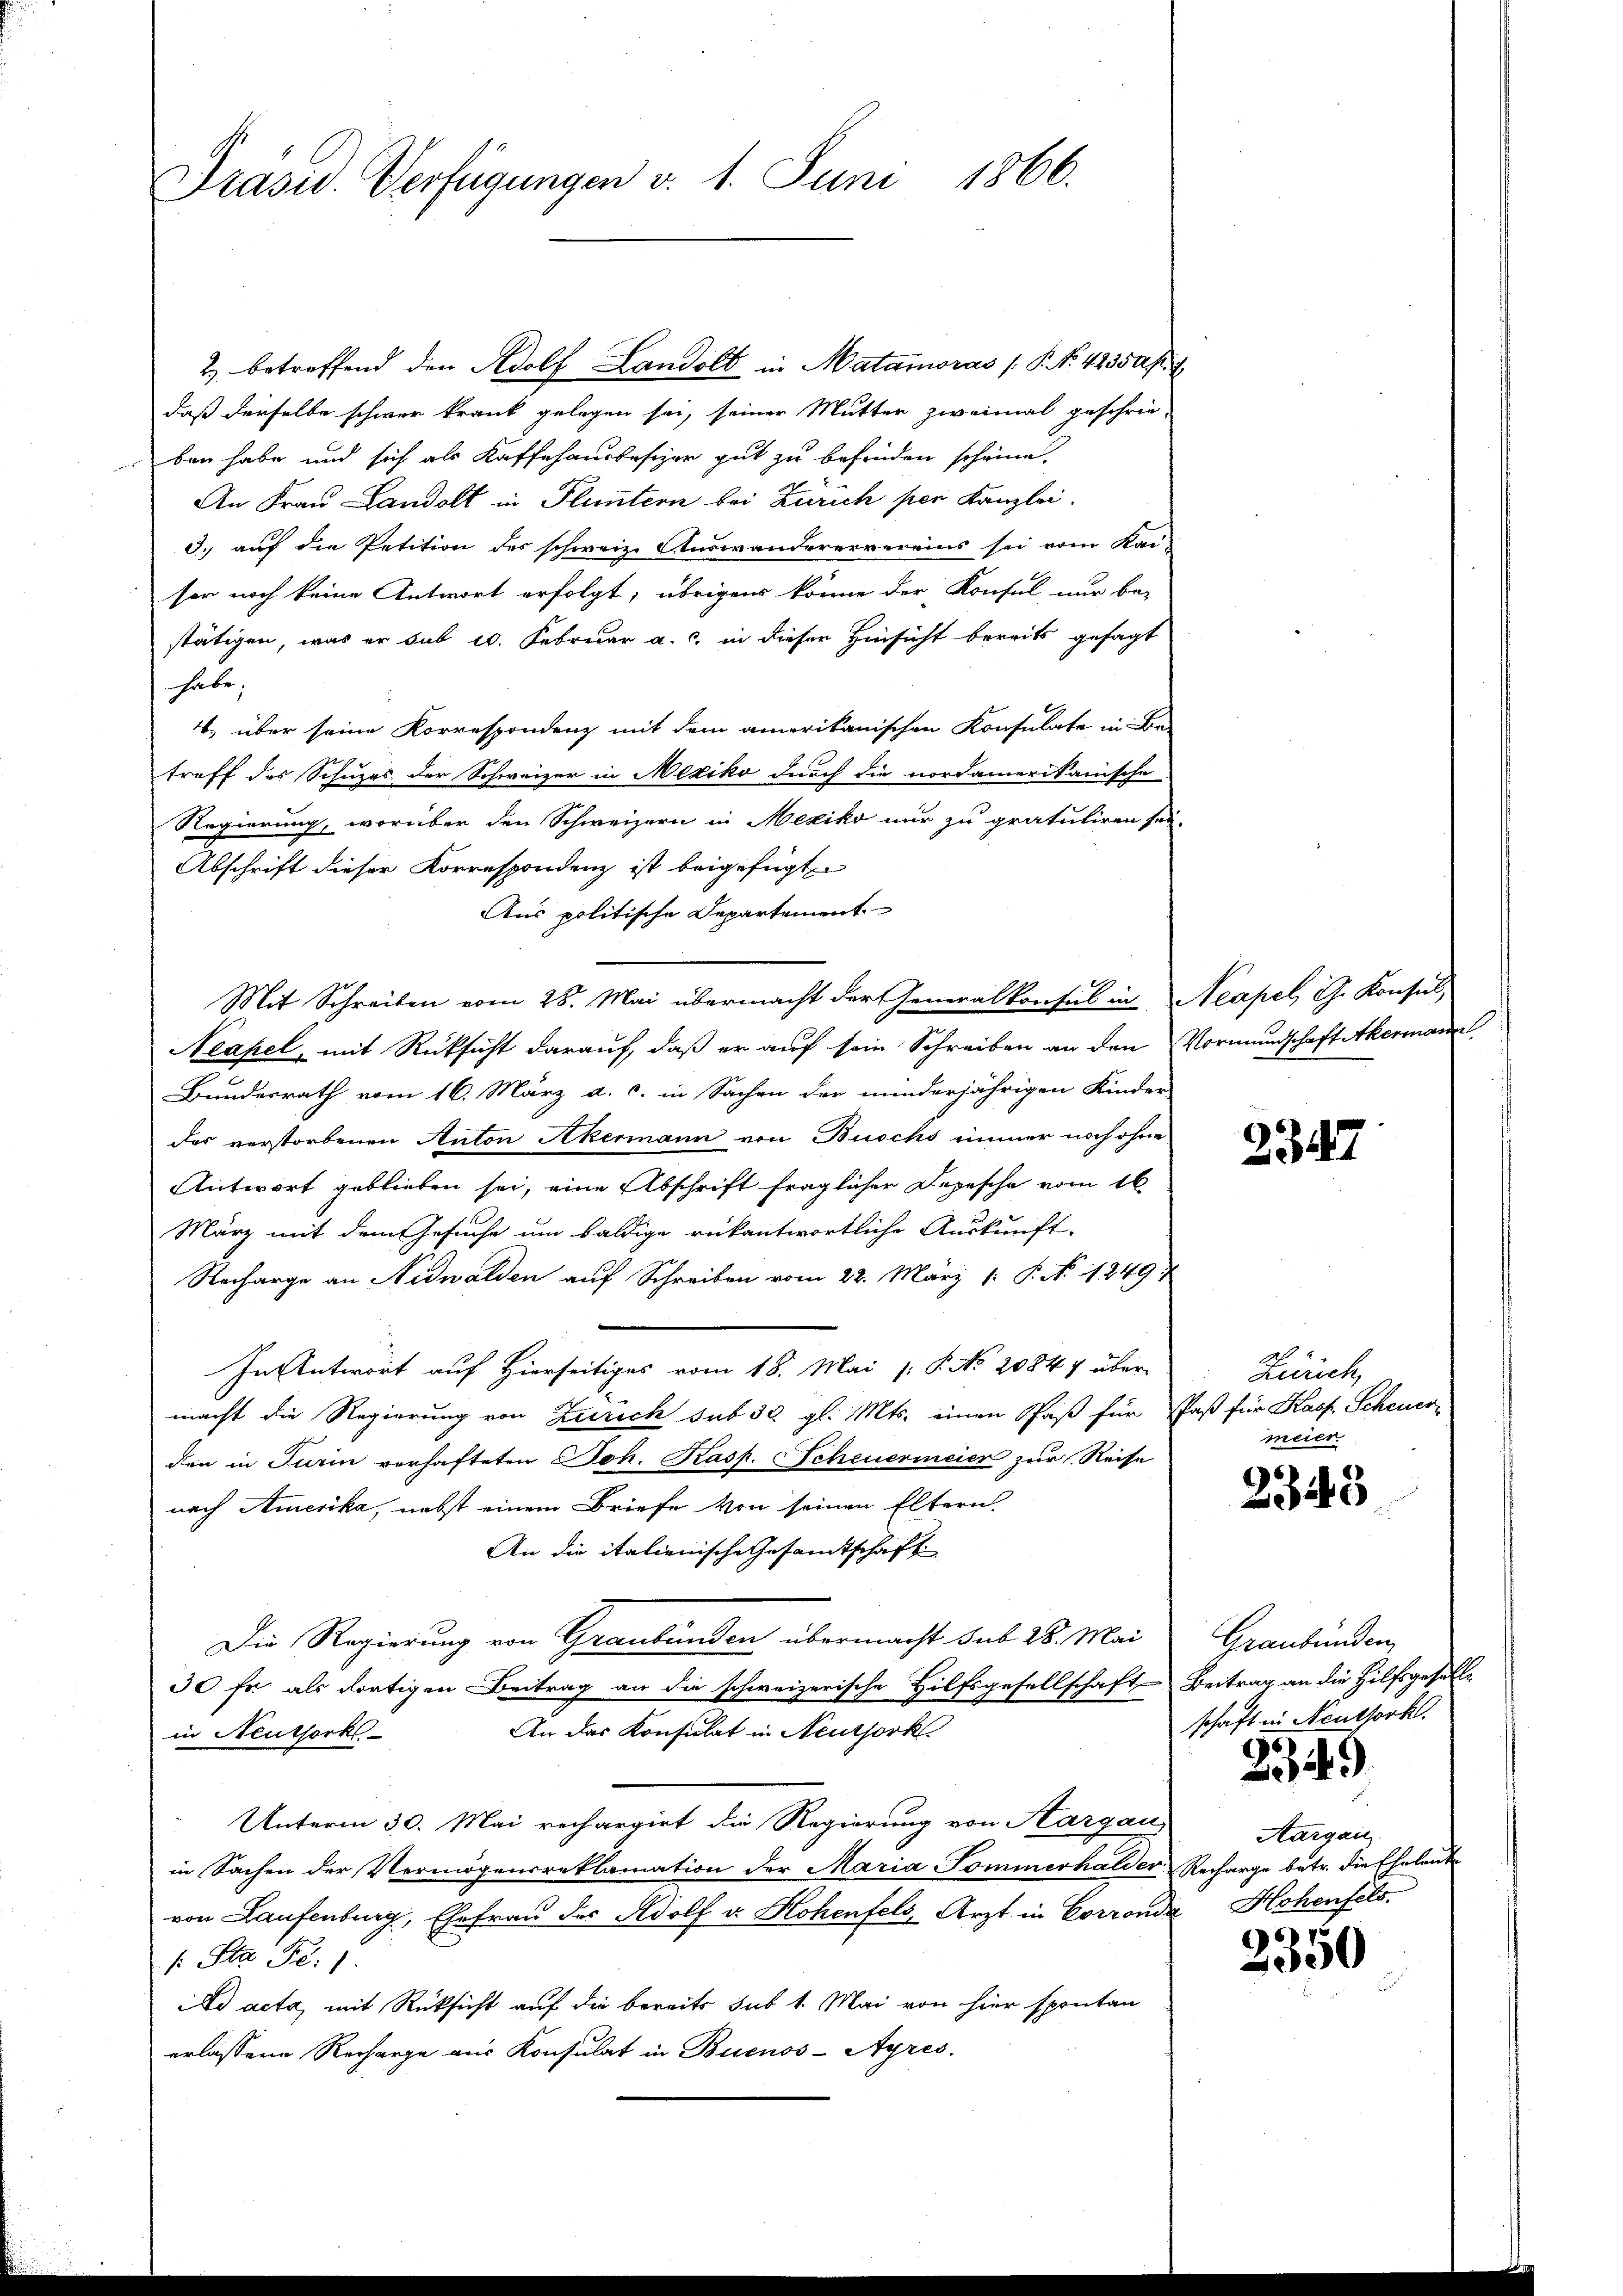
Präsid. Verfügungen v. 1. Juni 1866.

2) betreffend den Adolf Landolt in Matamoras P. Nr. 423 50 pr. 1
daß derselbe schwer krank gelegen sei, seiner Mutter zweimal geschrie-
ben habe und sich als Kaffehausbesizer gut zu befinden scheine.
An Frau Landolt in Fluntern bei Zürich per Kanzlei.
3. auf die Petition des schweiz. Auswanderervereins sei vom Kai-
sor noch keine Antwort erfolgt; übrigens könne der Konfel nur be-
stätigen, was er sub 20. Februar a. c. in dieser Hinsicht bereits gesagt
habe.
4. über seine Korrespondenz mit dem amerikanischen Konsulate in Be-
treff des Schuzes der Schweizer in Mexiko durch die nordamerikanische
Regierung, worüber den Schweizern in Mexiko nur zu gratuliren sei.
Abschrift dieser Korrespondenz ist beigefügt
Aus politische Departement
Mit Schreiben vom 28. Mai übermacht der Generalkonsul in Neapel, G. Konsul
Neapel, mit Rüksicht darauf, daß er auf sein Schreiben an den Vormundschaft Akermann
Bundesrath vom 16. März a. c. in Sachen der minderjährigen Kinder
das verstorbenen Anton Akermann von Buschs immer noch ohne
Antwort geblieben sei, eine Abschrift fraglicher Depesche vom 16
März mit dem Gesuche um baldige rükantwortliche Auskunft-
Nacharge an Nidwalden auf Schreiben vom 22. März [ P. No 1249
In Antwort auf Hierseitiges vom 18. Mai (: P. No 20847 über-
macht die Regierung von Zürich sub 30 gl. Mts. einen Paß für Paß für Kasp. Scheuerden in Turin verhafteten Joh. Kasp. Scheuermeier zur Reise
nach Amerika, nebst einem Briefe von seinen Eltern
An die italienische Gesamtschaft
Die Regierung von Graubünden übermacht sub 28. Mai
30 fr als dortigen Beitrag an die schweizerische Hilfsgesellschaft Beitrag an die Hilfsgesell-
An das Konsulat in Neuthork
in Neuthorks-
Unterm 30. Mai rechargirt die Regierung von Aargau,
in Sachen der Vermögensreklamation der Maria Tommerhalder Recharge betr. die Eheleute
von Laufenburg, Ehefrau des Adolf u. Hohenfels, Arzt in Corronde Hohenfels.
s: Sta Fr. 1.
ad acta, mit Rücksicht auf die bereits sub 1. Mai von hier spontan
erlassene Recharge aus Konsulat in Buenos-Ayres.

e

2347

Zürich,
meier

2349

Graubünden
schaft in Neuthork.

2349

Aargau.

2350